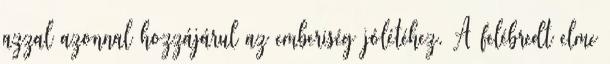
azzal azonnal hozzájárul az emberiség jólétéhez. A felébredt elme